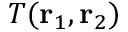
T ( \mathbf { r } _ { 1 } , \mathbf { r } _ { 2 } )